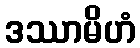
ဒဿာမိဟံ